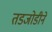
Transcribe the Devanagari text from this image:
तडजोडीने